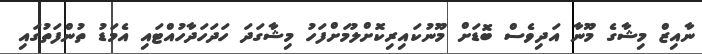
ނާއިޒް މިޝާގެ މޫނާ އަދިވެސް ބޮޑަށް މޫނުކައިރިކޮށްލުމަށްފަހު މިޝާގަދަ ހަދަހަދާހުއްޓައި އެމަޑު ތުންފަތުގައި